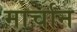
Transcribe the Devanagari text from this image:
मार्चान